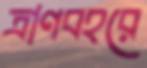
ত্রাণবহরে